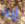
إنه